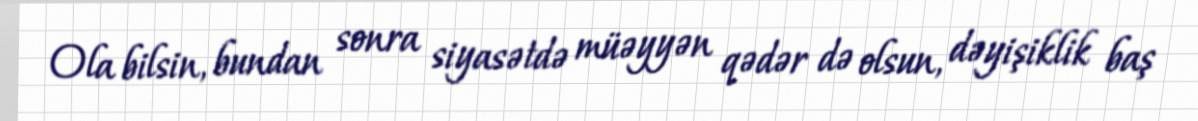
Ola bilsin, bundan sonra siyasətdə müəyyən qədər də olsun, dəyişiklik baş